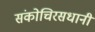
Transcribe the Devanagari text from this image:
संकोचिरसधानी